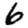
Digit: 6